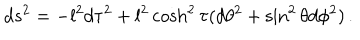
d s ^ { 2 } = - l ^ { 2 } d \tau ^ { 2 } + l ^ { 2 } \cosh ^ { 2 } \tau ( d \theta ^ { 2 } + \sin ^ { 2 } \theta d \phi ^ { 2 } ) \, .